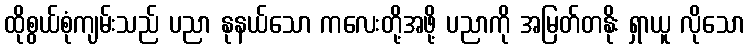
ထိုစွယ်စုံကျမ်းသည် ပညာ နုနယ်သော ကလေးတို့အဖို့ ပညာကို အမြတ်တနိုး ရှာယူ လိုသော